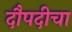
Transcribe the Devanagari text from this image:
दौपदीचा